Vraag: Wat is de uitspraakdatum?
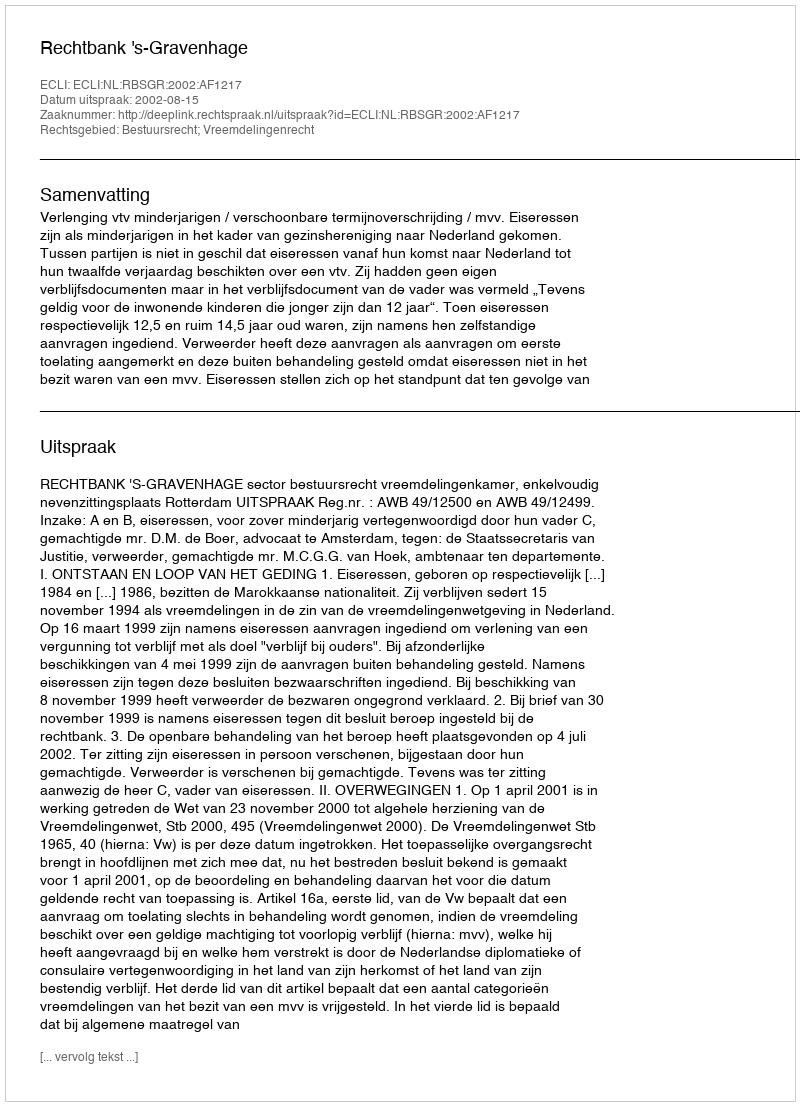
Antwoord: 2002-08-15